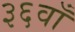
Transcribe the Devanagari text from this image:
३६वाँ